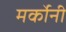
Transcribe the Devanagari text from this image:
मर्कोनी